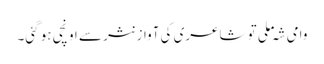
وامی شہ ملی تو شاعری کی آواز نثر سے اونچی ہو گئی۔